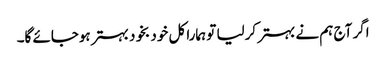
اگر آج ہم نے بہتر کرلیا تو ہمارا کل خود بخود بہتر ہوجائے گا۔